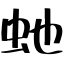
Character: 虵